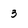
Character: 3